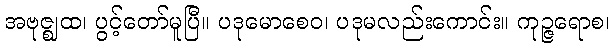
အဗုဇ္ဈထ၊ ပွင့်တော်မူပြီ။ ပဒုမောစေဝ၊ ပဒုမလည်းကောင်း။ ကုဉ္ဇရောစ၊